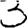
Digit: 3